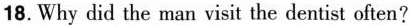
18.Why did the man visit the dentist often?